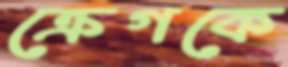
ক্রেগকে